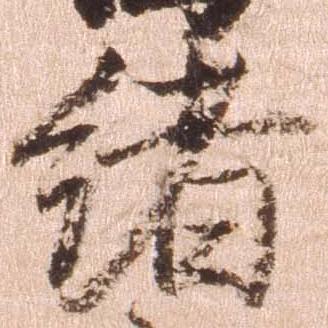
諸